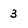
Character: 3